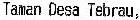
TAMAN DESA TEBRAU,